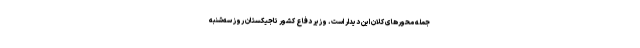
جمله محورهای کلان این دیدار است. وزیر دفاع کشور تاجیکستان روز سه‌شنبه